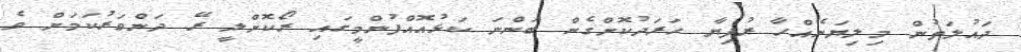
ދައުލަތުން މިލިޔަނެއްހާ ރުފިޔާ ހަރަދުކޮށްގެން ބަންނަ ކަޅުއޮއްފުންމީގައި ރޯކޮށްލީ ރޭ ދަންވަރުކަމަށް ވެ